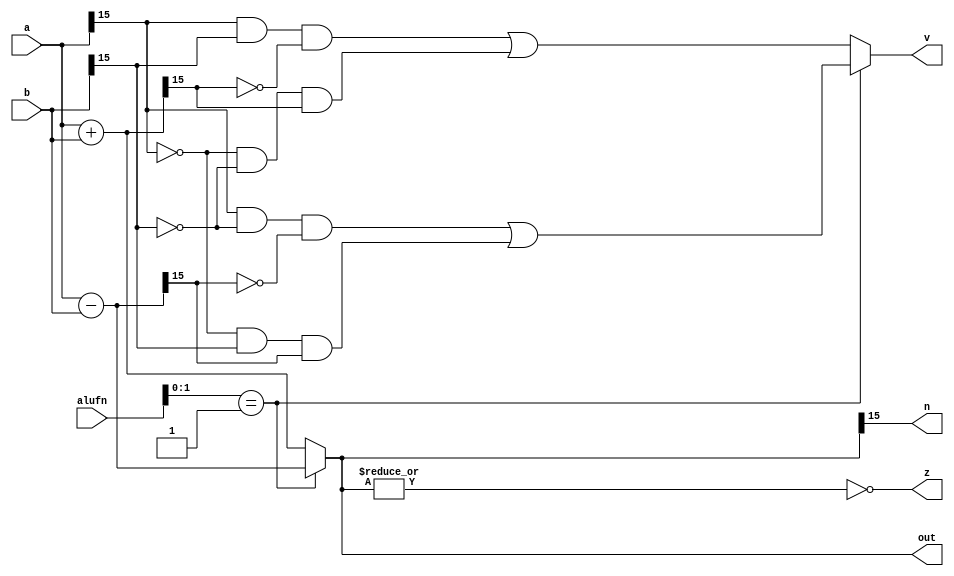
/*
   This file was generated automatically by the Mojo IDE version B1.3.6.
   Do not edit this file directly. Instead edit the original Lucid source.
   This is a temporary file and any changes made to it will be destroyed.
*/

module adderMul_75 (
    input [5:0] alufn,
    input [15:0] a,
    input [15:0] b,
    output reg z,
    output reg v,
    output reg n,
    output reg [15:0] out
  );
  
  
  
  reg [15:0] temp;
  
  always @* begin
    
    case (alufn[0+1-:2])
      2'h0: begin
        temp = a + b;
        v = (a[15+0-:1] & b[15+0-:1] & (~temp[15+0-:1])) | ((~a[15+0-:1]) & (~b[15+0-:1]) & temp[15+0-:1]);
      end
      2'h1: begin
        temp = a - b;
        v = (a[15+0-:1] & (~b[15+0-:1]) & (~temp[15+0-:1])) | ((~a[15+0-:1]) & (b[15+0-:1]) & temp[15+0-:1]);
      end
      default: begin
        temp = a + b;
        v = (a[15+0-:1] & b[15+0-:1] & (~temp[15+0-:1])) | ((~a[15+0-:1]) & (~b[15+0-:1]) & temp[15+0-:1]);
      end
    endcase
    z = (~|temp);
    n = temp[15+0-:1];
    out = temp;
  end
endmodule